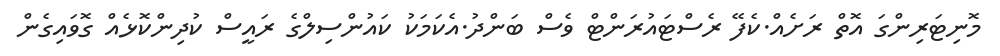
މޮނިޓަރިންގަ އޮތް ރަށެއް.ކެފޭ ރެސްޓައުރަންޓް ވެސް ބަންދު.އެކަމަކު ކައުންސިލްގެ ރައީސް ކުދިންކޮޅެއް ގޮވައިގެން